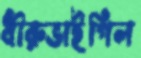
ধীরুভাইগিল